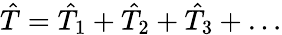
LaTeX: \hat{T}=\hat{T}_{1}+\hat{T}_{2}+\hat{T}_{3}+\dots